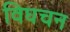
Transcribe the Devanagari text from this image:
विघचन